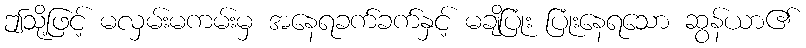
ဤသို့ဖြင့် မလှမ်းမကမ်းမှ အနေရခက်ခက်နှင့် မချိပြုံး ပြုံးနေရသော ဆွန်ယာ၏